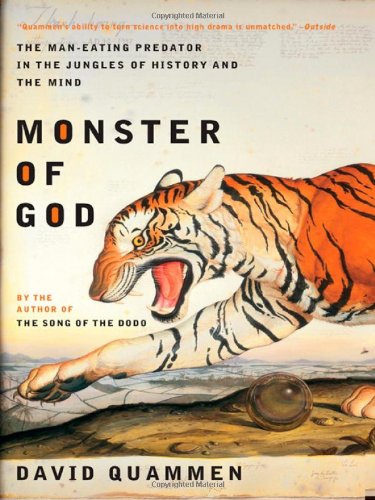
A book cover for Monster of God: The Man-Eating Predator in the Jungles of History and the Mind; David Quammen; Science & Math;